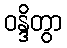
ဝန္ဒိတွာ